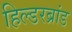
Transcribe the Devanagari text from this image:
हिल्डरब्रांड